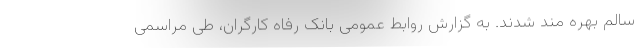
سالم بهره مند شدند. به گزارش روابط عمومی بانک رفاه کارگران، طی مراسمی